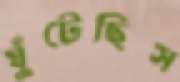
ঘুঁটেছিস